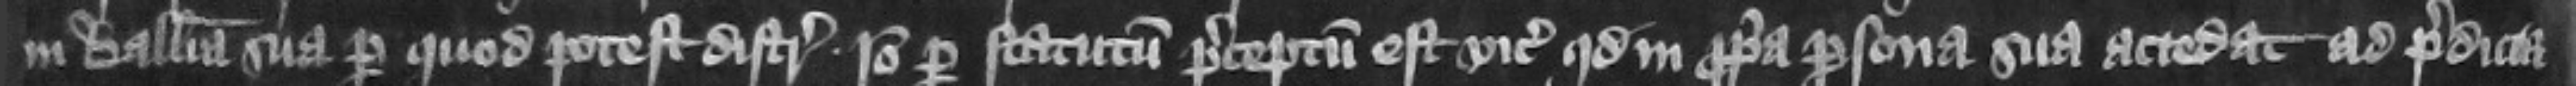
in balliua sua per quod potest distringi. Ideo per statutum preceptum est vicecomiti quod in propria persona sua accedat ad predicta